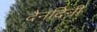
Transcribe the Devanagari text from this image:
दैनदिनी